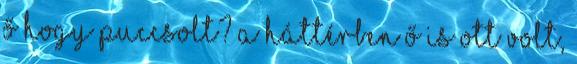
Ő hogy puccsolt? A háttérben ő is ott volt,